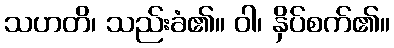
သဟတိ၊ သည်းခံ၏။ ဝါ၊ နှိပ်စက်၏။